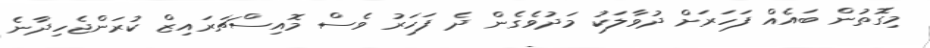
މިގޮތުން ބައެއް ފަހަރަށް ދުވާލަކު މަދުވެގެން ދެ ފަހަރު ވެސް މޮއިސްޗަރައިޒް ކުރަންޖެހިދާނެ